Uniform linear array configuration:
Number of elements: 8
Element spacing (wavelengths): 0.5
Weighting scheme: hann
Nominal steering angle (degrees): -45
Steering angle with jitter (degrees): -46.371
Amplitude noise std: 0.05
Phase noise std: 0.05

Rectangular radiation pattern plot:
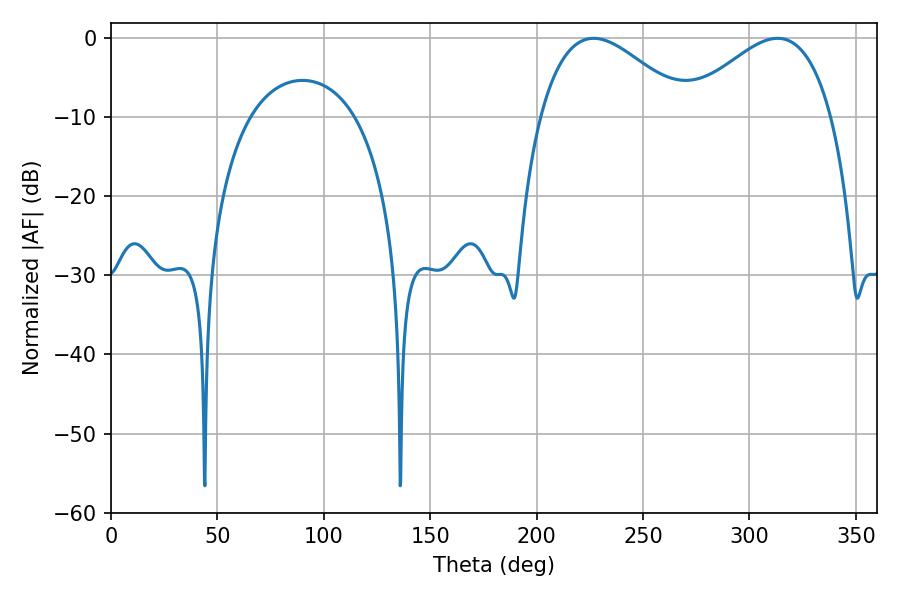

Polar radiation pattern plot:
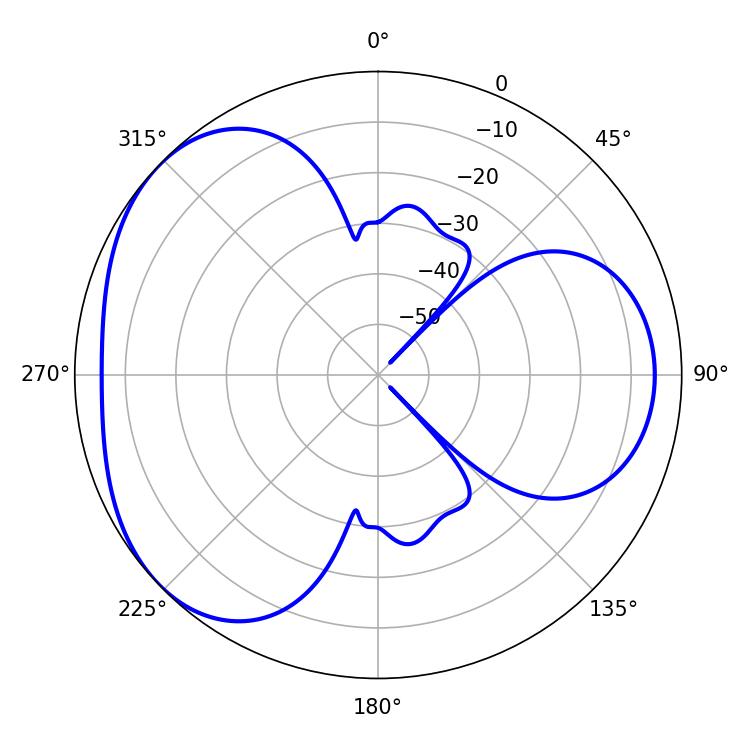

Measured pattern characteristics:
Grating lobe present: FALSE
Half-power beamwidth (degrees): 37.62
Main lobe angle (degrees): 226.8